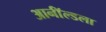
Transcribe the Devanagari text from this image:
आर्नॉल्डला